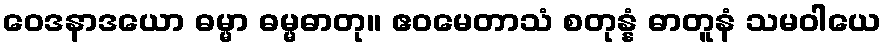
ဝေဒနာဒယော ဓမ္မာ ဓမ္မဓာတု။ ဧဝမေတာသံ စတုန္နံ ဓာတူနံ သမဝါယေ